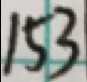
1 5 3